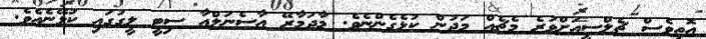
އޮތީވެސް ޗެލްސީއަށްވުރެ މެޗެއް މަދުން ކުޅެގެންނެވެ. މާދަމާރޭ އާސެނަލްއާ ސިޓީ ލީގުގައި ކުޅޭނެއެވެ.